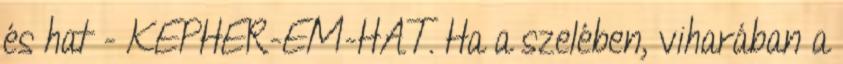
és hat - KEPHER-EM-HAT. Ha a szelében, viharában a